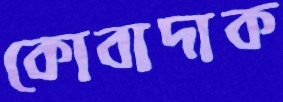
কোবাদাক